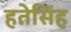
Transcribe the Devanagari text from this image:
हतेसिंह